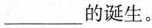
___的诞生。